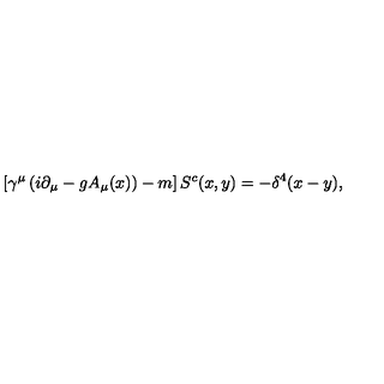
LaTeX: \left[ \gamma ^ { \mu } \left( i \partial _ { \mu } - g A _ { \mu } ( x ) \right) - m \right] S ^ { c } ( x , y ) = - \delta ^ { 4 } ( x - y ) ,